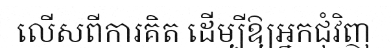
លើសពីការគិត ដើម្បីឱ្យអ្នកជុំវិញ